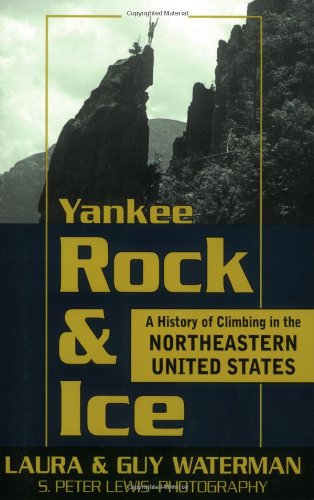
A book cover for Yankee Rock & Ice: A History of Climbing in the Northeastern United States; Laura & Guy Waterman; Sports & Outdoors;